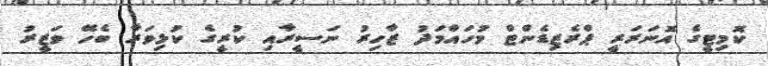
ކޮމިޓީގެ އޮނަރަރީ ޕްރެޒިޑެންޓް މުހައްމަދު ޒާހިރު ނަސީރާއި ކުރީގެ ކުޅިވަރާ ބެހޭ ވަޒީރު